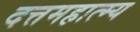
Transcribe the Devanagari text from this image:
दत्तमहात्म्य